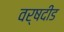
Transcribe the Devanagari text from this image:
वर्षदीड